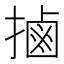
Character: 𢲸